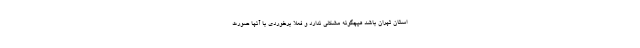
استان تهران باشد هیچگونه مشکلی ندارد و فعلا برخوردی با آنها صورت